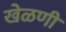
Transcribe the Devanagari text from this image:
खेळणीं